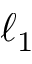
\ell _ { 1 }